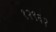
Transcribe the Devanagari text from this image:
१२९६२